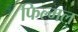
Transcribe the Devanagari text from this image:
फिल्मल